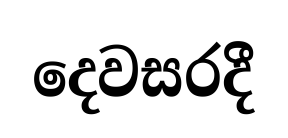
දෙවසරදී